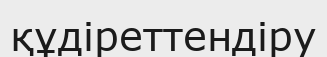
құдіреттендіру